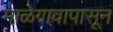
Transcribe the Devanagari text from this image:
माळेगावापासून